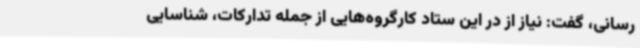
‌رسانی، گفت: نیاز از در این ستاد کارگروه‌هایی از جمله تدارکات، شناسایی